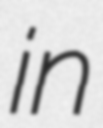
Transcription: in